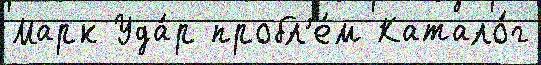
Марк Уда́р пробл'е́м Катало́г